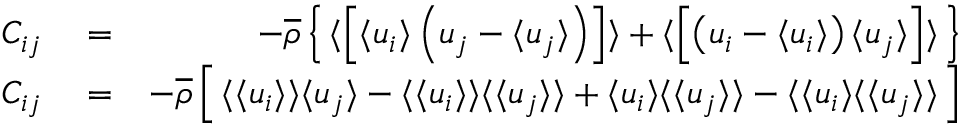
\begin{array} { r l r } { C _ { i j } } & { { } = } & { - \overline { { \rho } } \left\{ \, \langle \left[ { \langle u _ { i } \rangle \left( u _ { j } - \langle u _ { j } \rangle \right) } \right] \rangle + \langle \left[ { \left( u _ { i } - \langle u _ { i } \rangle \right) \langle u _ { j } \rangle } \right] \rangle \, \right\} } \\ { C _ { i j } } & { { } = } & { - \overline { { \rho } } \left[ \, \langle \langle u _ { i } \rangle \rangle \langle u _ { j } \rangle - \langle \langle u _ { i } \rangle \rangle \langle \langle u _ { j } \rangle \rangle + \langle u _ { i } \rangle \langle \langle u _ { j } \rangle \rangle - \langle \langle u _ { i } \rangle \langle \langle u _ { j } \rangle \rangle \, \right] } \end{array}